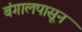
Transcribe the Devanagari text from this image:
बंगालपासून